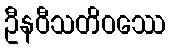
ဦနဝီသတိဝဿေ